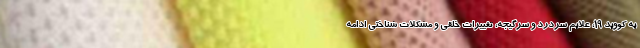
به کووید ۱۹، علایم سردرد و سرگیجه، تغییرات خلقی و مشکلات شناختی ادامه